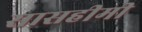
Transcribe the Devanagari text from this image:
सासहीमी